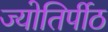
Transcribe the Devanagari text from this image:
ज्योतिर्पीठ